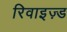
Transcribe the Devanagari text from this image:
रिवाइज़्ड